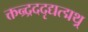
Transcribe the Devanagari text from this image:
क्तन्र्द्रददृद्यत्द्मथ्र्